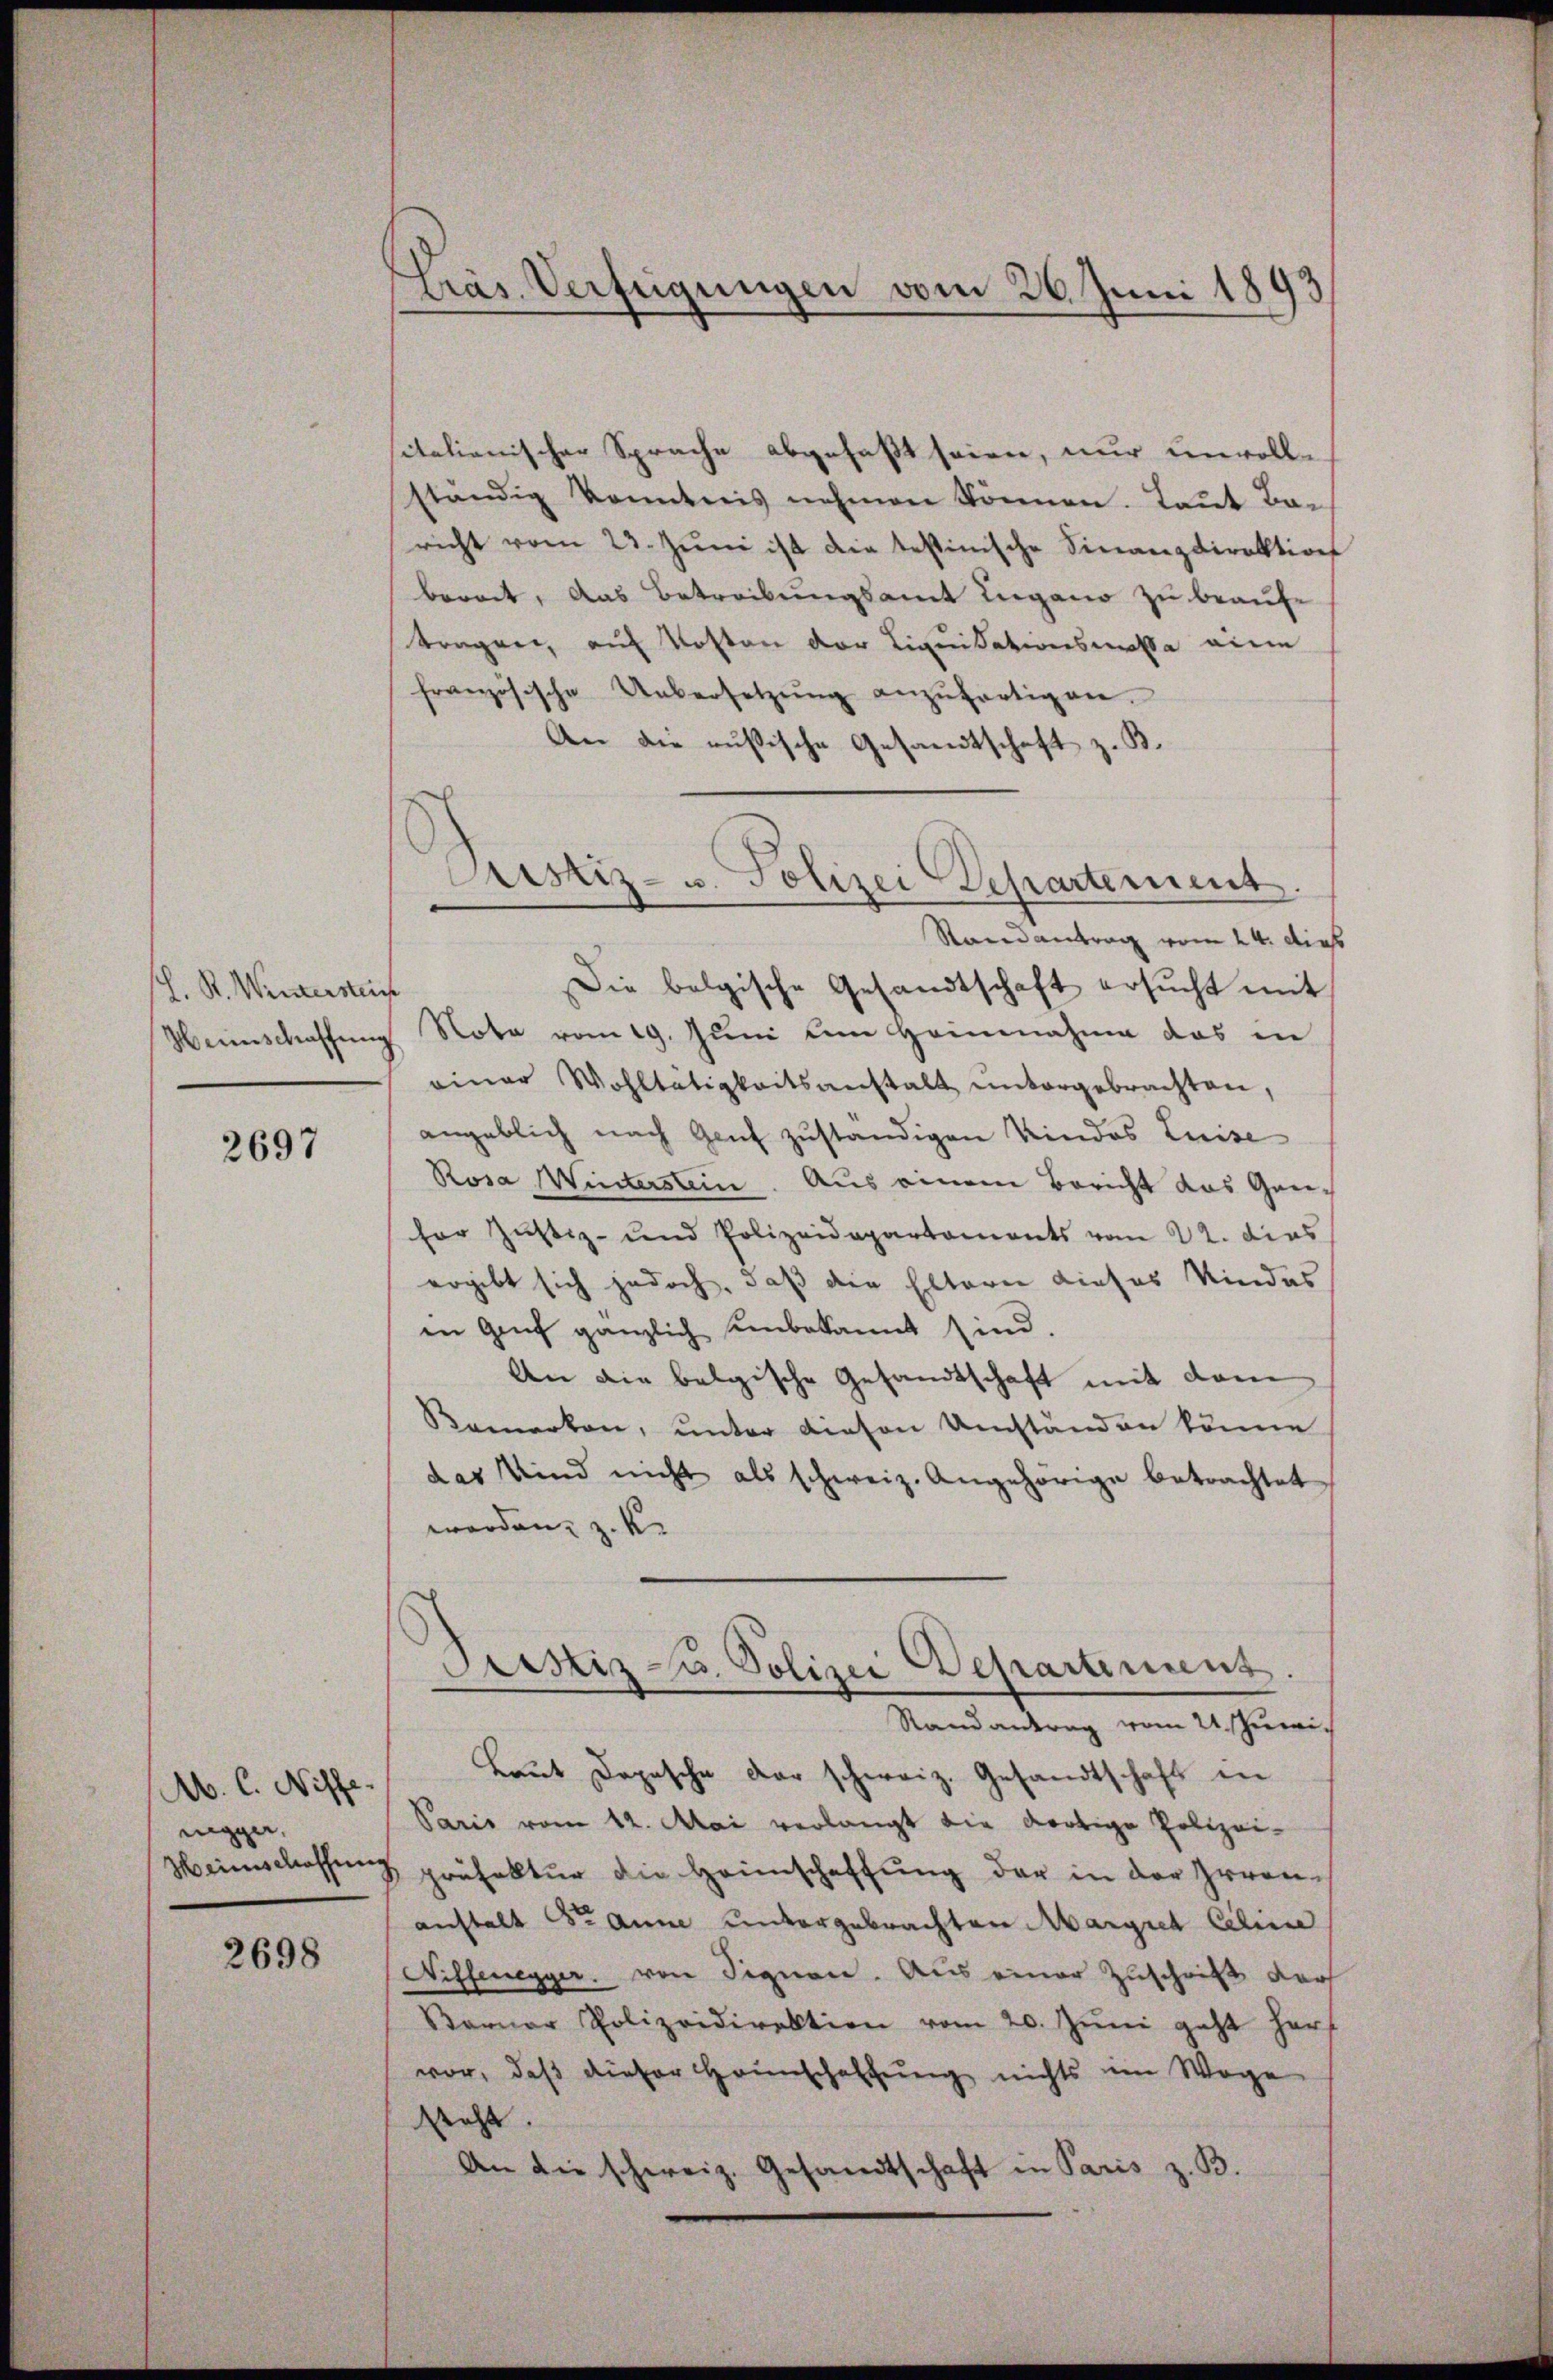
S. R. Weisterstein

2697

A. C. Niffe.
negger,

2698

Lias Verfügungen vom 26. Juni 1893

italienischer Sprache abgefaßt seien, nur unvollständig konntnis nehmen können. Laut Boricht vom 23. Jŭni ist die testinische Finanzdirektion
bereit, das Betreibungsamt Lugano zu beaufe
tragen, auf Kosten der Liquidationsmaßa eine
französische Uebersetzŭng anzŭfertigen.
An die aussische Gesandtschaft z. B.
Randantrag vom 24. dies
Die belgische Gesandtschaft ersŭcht mit
Weinschaffŭng Note vom 19. Juni dem Heinnahme das in
einer Wohltätigkeitsanstalt untergebrachten,
angeblich nach Genf zuständigen Kindes Luise
Rosa Winterstein. Aus einem Bericht das Ganfer Justiz- und Polizeidepartaments vom 22. dies
ergibt sich jedoch, daß die Eltern dieses Kindes
in Genf gänzlich unbekannt sind.
An die belgische Gesandtschaft mit dem
Bemerken, unter diesen Umständen könne
das Kind nicht als schweiz. Angehörige betrachtet
worden, z. K.
Justiz u. Polizei Departement.
Randantrag vom 21. Juni
Laut Depesche der schweiz. Gesandtschaft in
Paris vom 12. Mai verlangt die dortige Polizei¬
Weinschassŭng präfektur die Heimschaffŭng der in der Irrenanstalt Dr. Anna untergebrachten Margret celene
Niffenegger. von Signone. Aus einer Zuschrift darf
Barner Polizeidirektion vom 20. Jŭni geht herf
vor, daß dieser Haunschaftung nichts im Wege
steht.
An die schweiz. Gesandtschaft in Paris z. B.

Prustiz- u. Polizei Departement